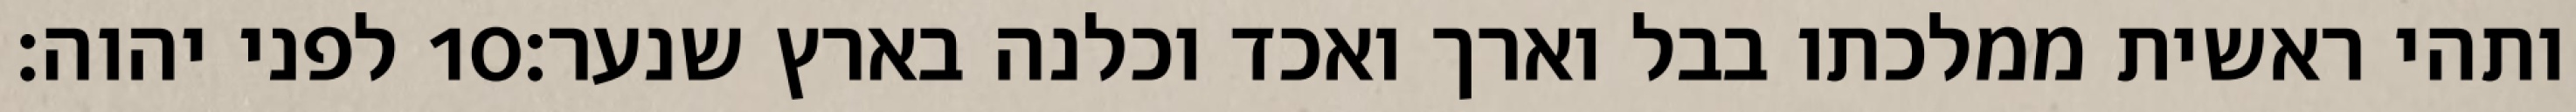
לפני יהוה׃ ‎10‏ ותהי ראשית ממלכתו בבל וארך ואכד וכלנה בארץ שנער׃